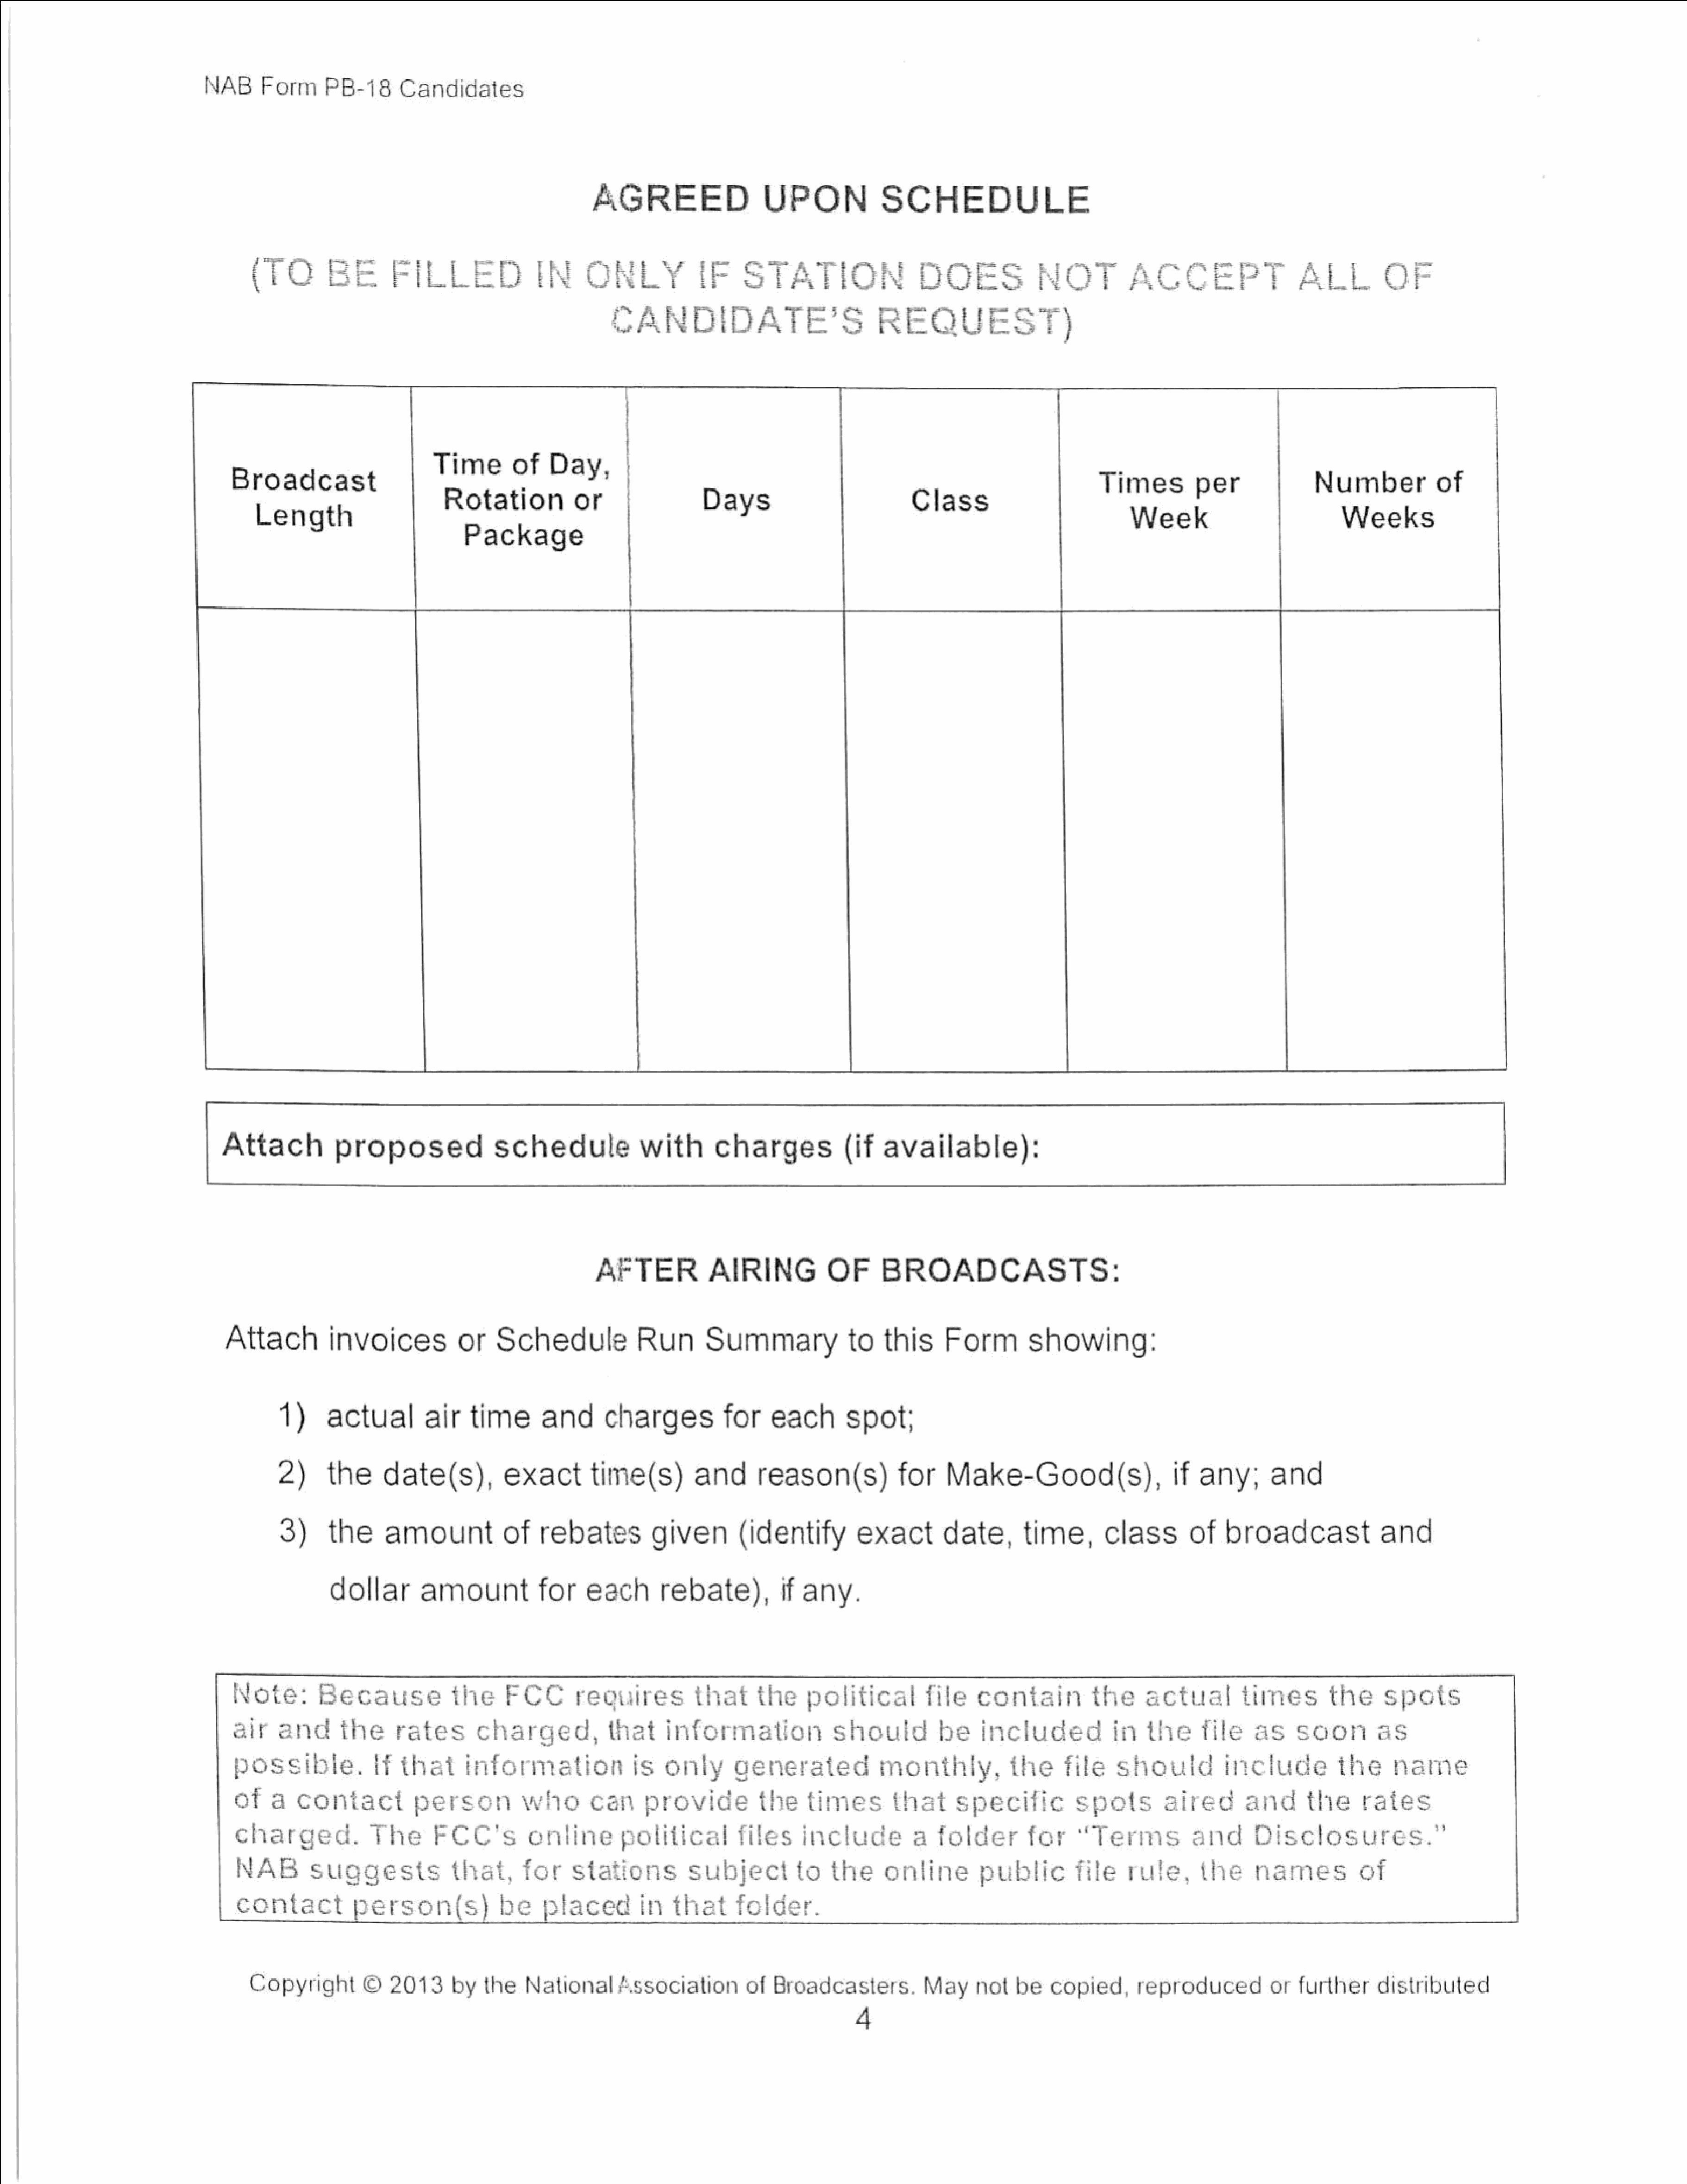
NAB     Form      PB-18     Candidates
 AGREED                  UPON             SCHEDULE
 (TO
 FILLED               IN     ONLY            IF    STATION                   DOES             NOT         ACCEPTALL                            OF
 CANDIDATE’S                           REQUEST)
 Time       of    Day,|
 Broadcast                                                                                                                   Times         per              Number         of
 Rotation          or                 Days                         Class
 Length                                                                                                                       Week                          Weeks
 Package
 Attach          proposed               schedule             with      charges        (if      available):
 AFTER           AIRING           OF      BROADCASTS:
 Attach         invoices           or   Schedule            Run       Summary             to   this     Form        showing:
 1)     actual        air   time      and       charges         for    each       spot;
 2)     the     date(s),         exact       time(s)        and       reason(s)          for    Make-Good(s),                    if  any;      and
 3)     the     amount           of   rebates         given        (identify        exact       date,      time,       class       of   broadcast             and
 dollar       amount           for    each       rebate),         if any.
 Note:        Because            the    FCC       requires         that     the    political        file    contain         the     actual       times        the     spots
 air    and      the     rates      charged,           that    information             should         be    included           in   thefile        as    soon        as
 possible.           lf that      information             is  only      generated            monthly,          the     file    should         include         the     name
 of   a   contact         person          whocan           provide          the   times        that     specific         spots       aired       and      the     rates
 charged.           The      FCC’s         online    political           files    include         a  folder       for    “Terms           and     Disclosures.
 NAB       suggests             that,     for    stations        subject         to   the     online       public        file   rule,      the    names          of
 contact          person(s)            be    placed        in  that     folder.
 Copyright       ©   2013     by  the   National      #.ssociation      of  Broadcasters.        May     not  be   copied,      reproduced         orfurther      distributed
 4